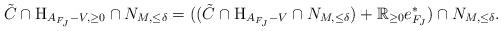
LaTeX: \begin{align*}\tilde{C} \cap \mathrm{H}_{A_{F_J} - V, \ge 0} \cap N_{M,\leq \delta} = ((\tilde{C} \cap \mathrm{H}_{A_{F_J} - V} \cap N_{M,\leq \delta}) + \mathbb{R}_{\ge 0} e^*_{F_J}) \cap N_{M,\leq \delta}.\end{align*}